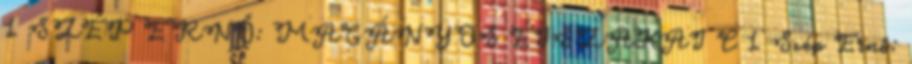
1 SZÉP ERNŐ: MAGÁNYOS ÉJSZAKAI C 1 Szép Ernő: